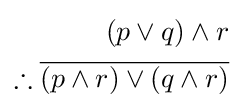
{\begin{aligned}(p\vee q)\wedge r\\\therefore {\overline {(p\wedge r)\vee (q\wedge r)}}\\\end{aligned}}